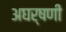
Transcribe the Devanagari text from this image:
अघर्षणी